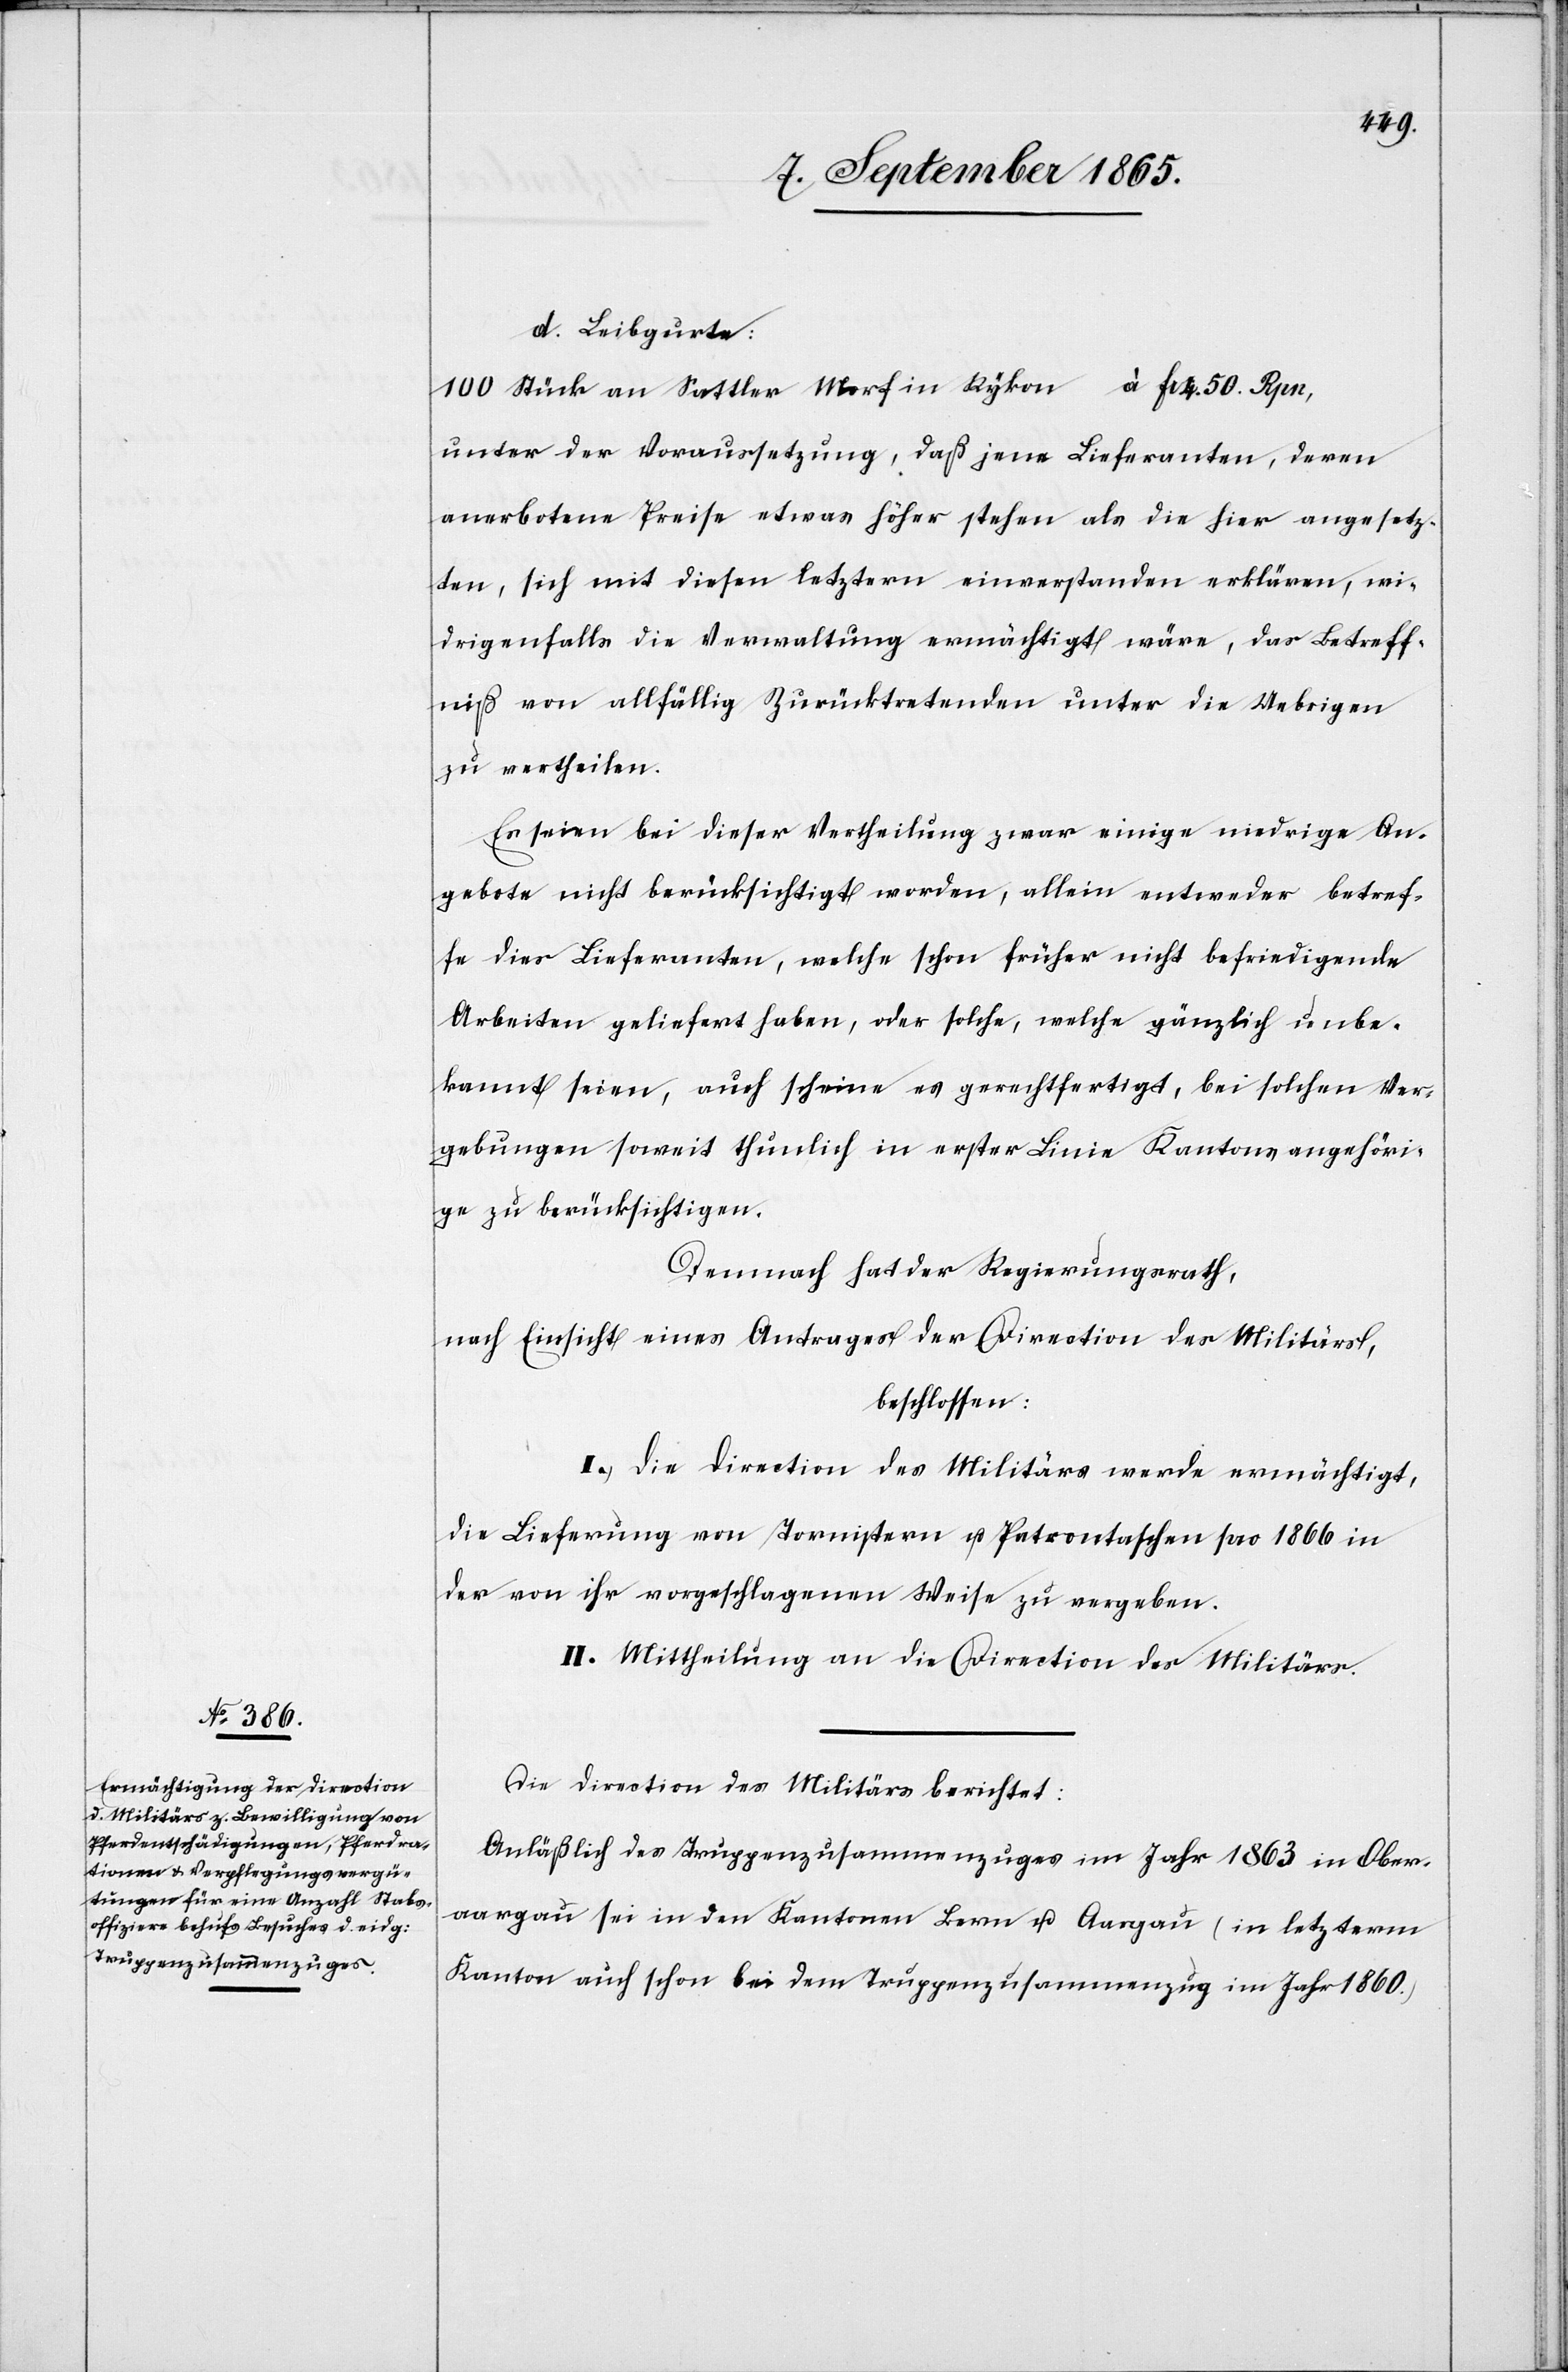
d. Leibgurte:
unter der Voraussetzung, daß jene Lieferanten, deren
anerbotene Preise etwa höher stehen als die hier angesetz¬
ten, sich mit diesen letztern einverstanden erklären, wi¬
drigenfalls die Verwaltung ermächtigt wäre, das Betreff¬
niß von allfällig Zurücktretenden unter die Uebrigen
zu vertheilen.
Es seien bei dieser Vertheilung zwar einige niedrige An¬
gebote nicht berücksichtigt worden, allein entweder betref¬
fe dies Lieferanten, welche schon früher nicht befriedigende
Arbeiten geliefert haben, oder solche, welche gänzlich unbe¬
kannt seien, auch scheine es gerechtfertigt, bei solchen Ver¬
gebungen soweit thunlich in erster Linie Kantonsangehöri¬
ge zu berücksichtigen.
Demnach hat der Regierungsrath,
nach Einsicht eines Antrages der Direction des Militärs,
beschlossen:
I. Die Direction des Militärs werde ermächtigt,
die Lieferung von Tornistern u. Patrontaschen pro 1866 in
der von ihr vorgeschlagenen Weise zu vergeben.
II. Mittheilung an die Direction des Militärs.
Die Direction des Militärs berichtet:
Anläßlich des Truppenzusammenzuges im Jahr 1863 in Ober¬
aargau sei in den Kantonen Bern u. Aargau (in letzterm
Kanton auch schon bei dem Truppenzusammenzug im Jahr 1860.)